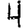
Digit: 4